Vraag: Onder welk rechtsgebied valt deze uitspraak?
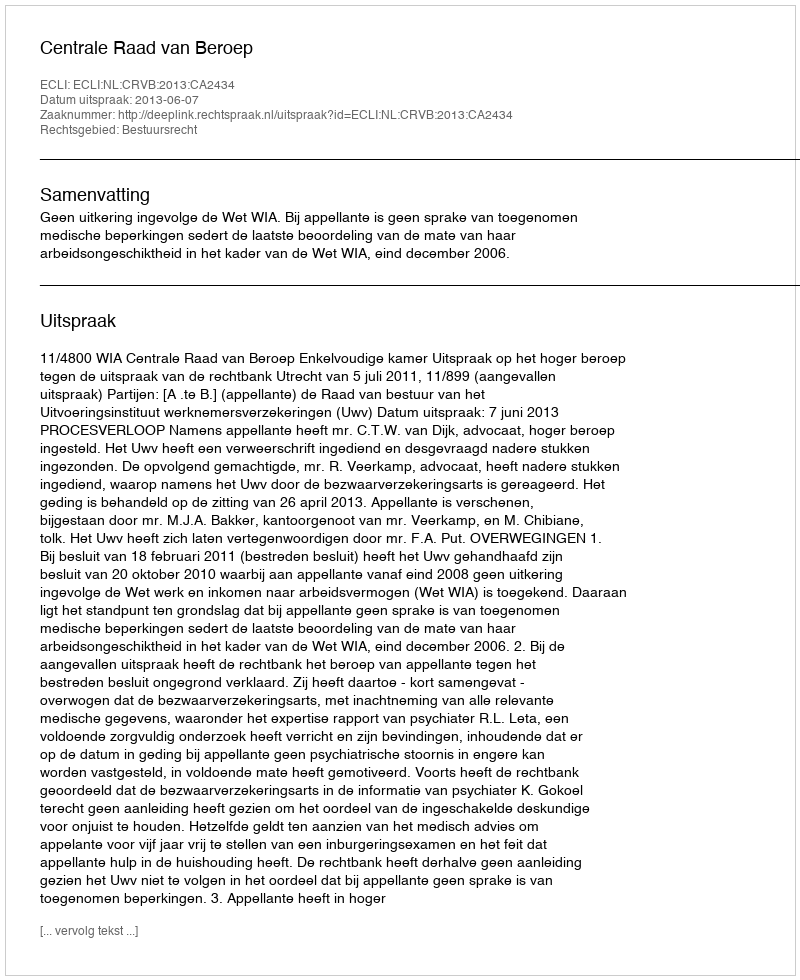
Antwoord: Bestuursrecht